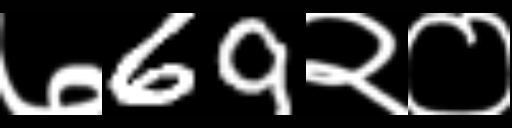
Text: ७69२०